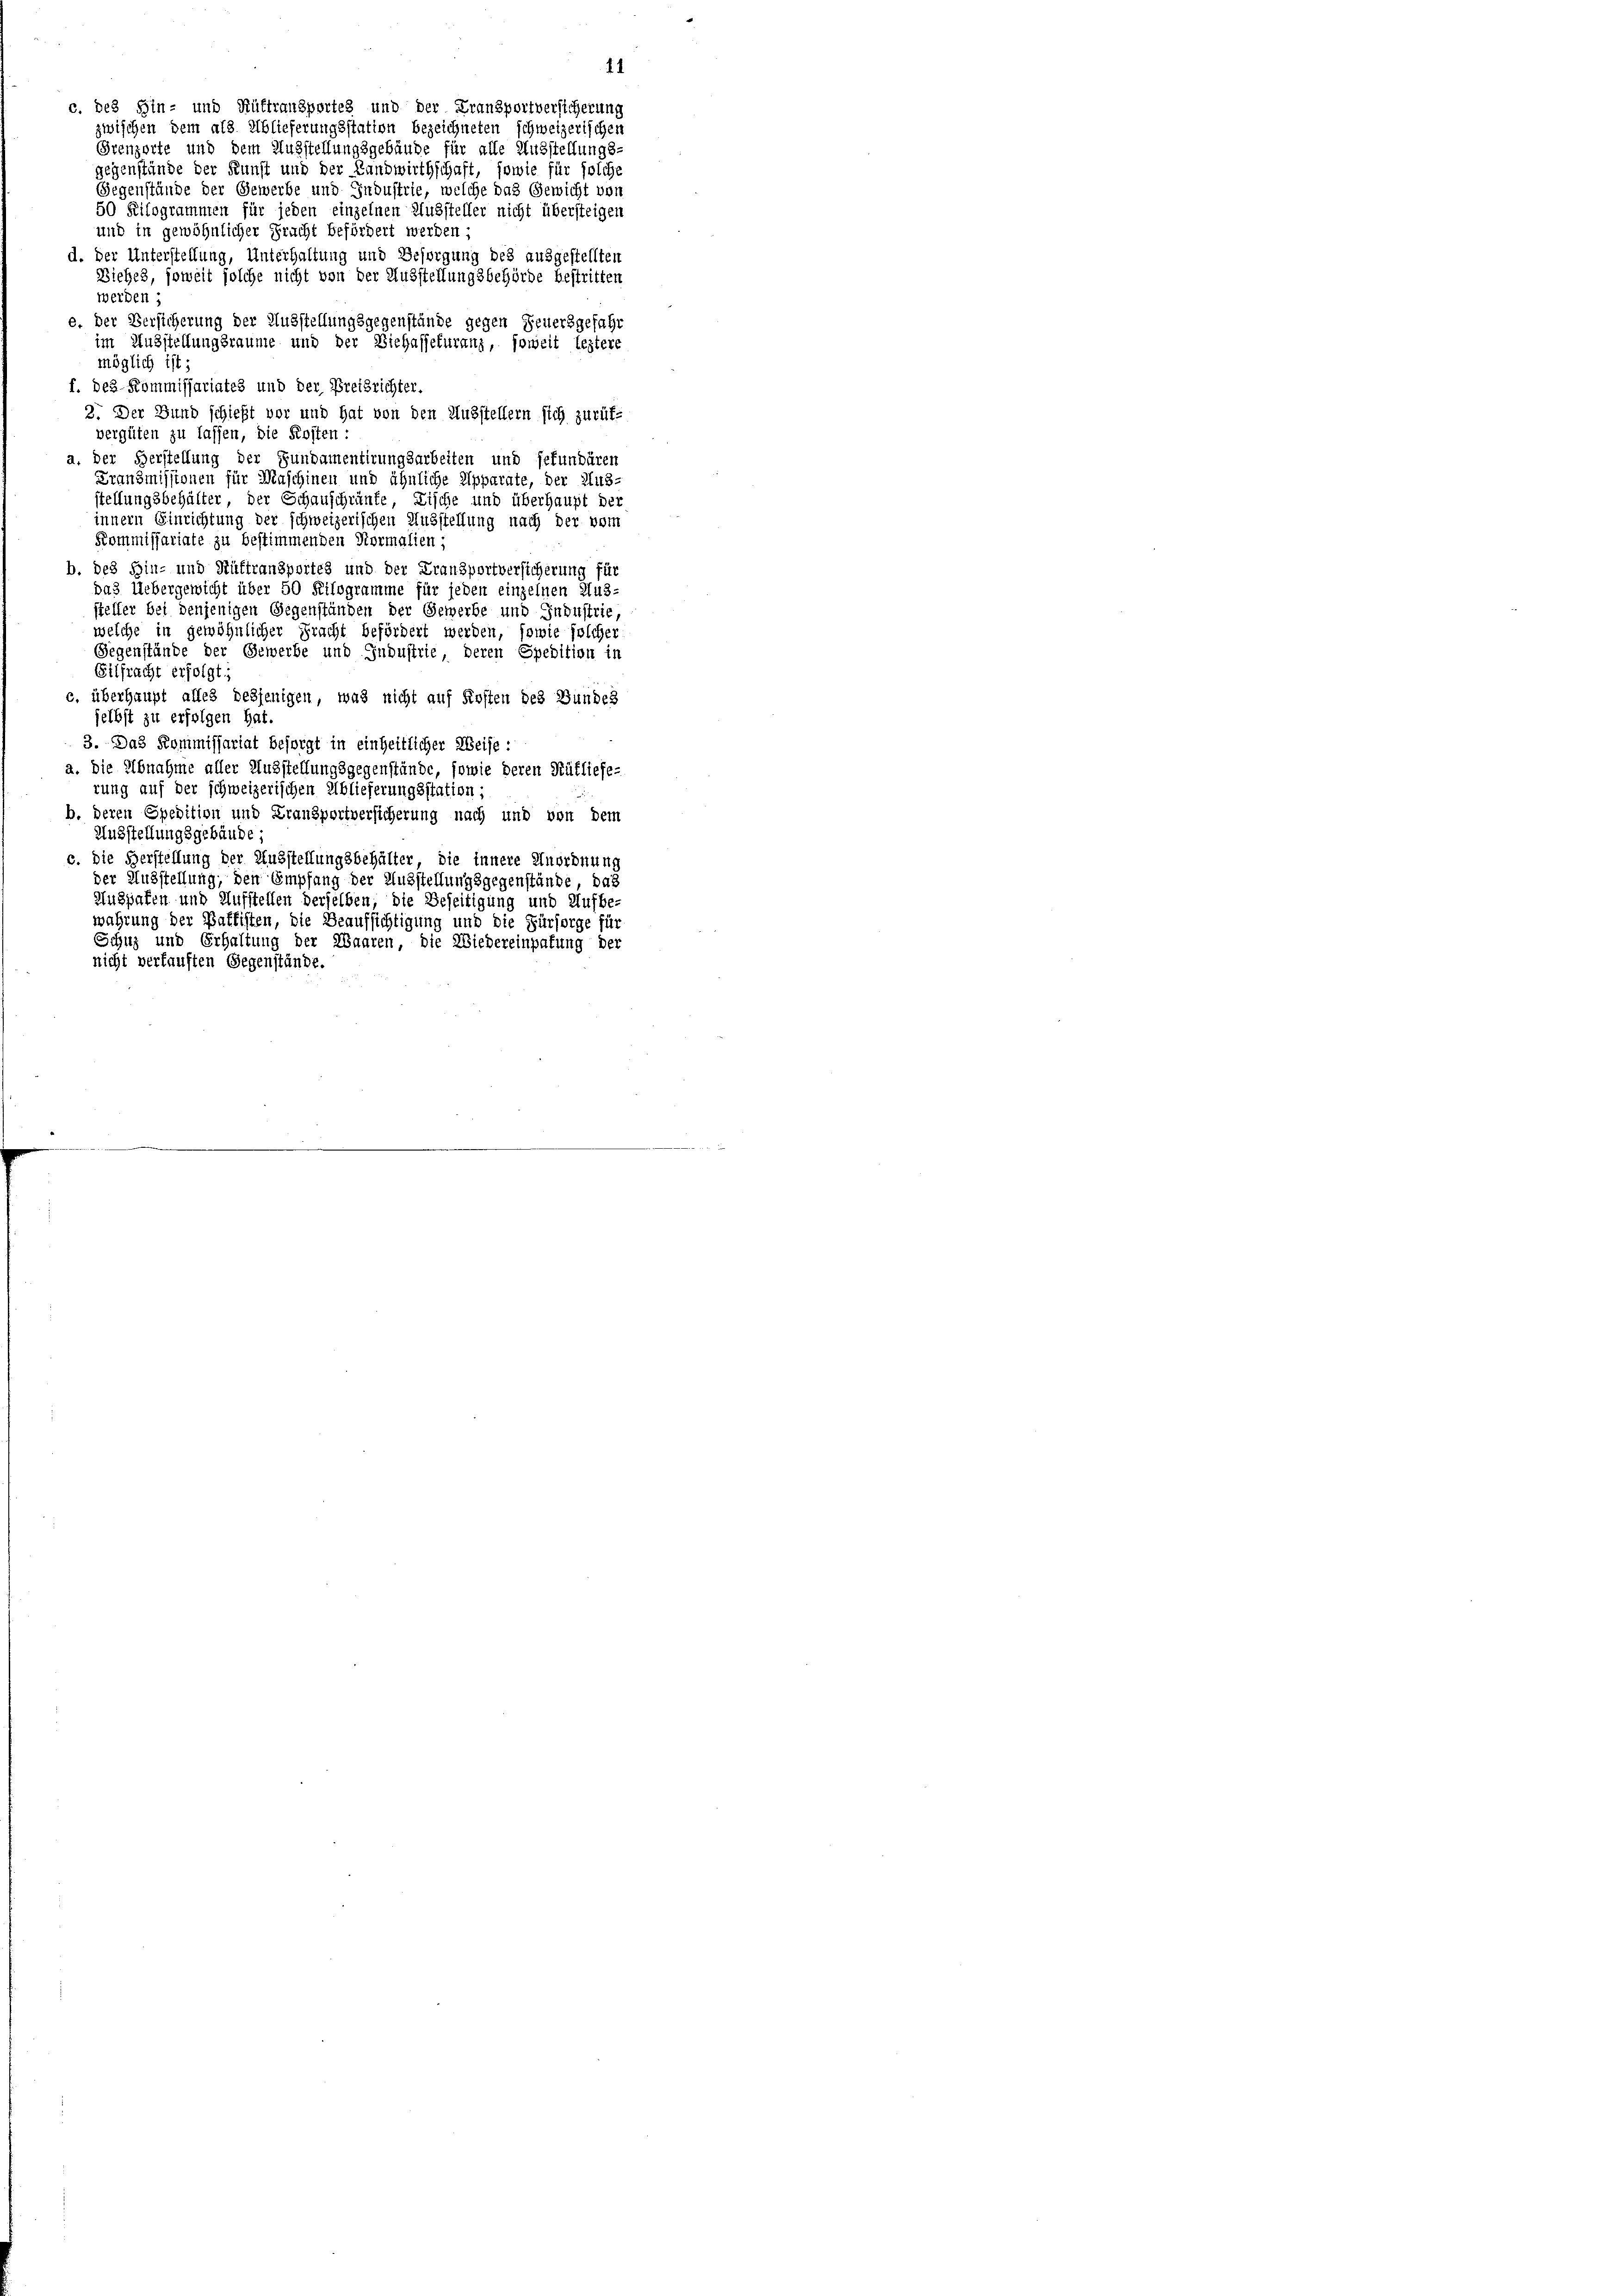
f. Des-Kommissariates und der Preisrichter.
2. Der Bund schieht vor und hat von den Ausstellern sich zurükvergüten zu lassen, die Kosten :
a. Der Herstellung der Fundamentirungsarbeiten und gefundären
Fransmissionen für Maschinen und ähnliche Apparate, der Aus-
stellungsbehälter, der Schauschränke, Fische und überhaupt der
innern Einrichtung der schweizerischen Ausstellung nach der vom
Kommissariate zu bestimmenden Normalien;
b. des Hin- und Hüttransportes und der Fransportversicherung für
das Uebergewicht über 50 Kilogramme für jeden einzelnen Aus-
steller bei denjenigen Gegenständen der Gewerbe und Industrie,
welche in gewöhnlicher Fracht befördert werden, sowie solcher
Gegenstände der Gewerbe und Industrie, deren Spedition in
Eilfracht erfolgt;
c, überhaupt alles desjenigen, was nicht auf Kosten des Bundes
selbst zu erfolgen hat.
3. Das Kommissariat besorgt in einheitlicher Weise:
a. die Abnahme aller Ausstellungsgegenstände, sowie deren Rütliefe-
rung auf der schweizerischen Ablieferungsstation;
b. deren Spedition und Franzportversicherung nach und von dem
Ausstellungsgebäude;
c. Die Herstellung der Ausstellungsbehälter, die innere Unordnung
der Ausstellung, den Empfang der Ausstellungsgegenstände, das
Augpaten und Aufstellen derselben, die Beseitigung und Aufbe-
wahrung der Baffisten, die Beaufsichtigung und die Fürsorge für
Schuz und Erhaltung der Waaren, die Wiedereinpafung der
nicht verkauften Gegenstände.

44
c. des Hin- und Rüttransportes und der Fransportversicherung
zwischen dem als Ablieferungsstation bezeichneten schweizerischen
Grenzerte und dem Ausstellungsgebäude für alle Ausstellungs-
gegenstände der Kunst und der Landwirthschaft, sowie für solche
Gegenstände der Gewerbe und Industrie, welche das Gewicht vor
50 Kilogrammen für jeden einzelnen Aussteller nicht übersteigen
und in gewöhnlicher Pracht befördert werden;
d. Der Unterstellung, Unterhaltung und Besorgung des ausgestellten
Ziehes, soweit solche nicht von der Ausstellungsbehörde bestritten
werden,
e. Der Versicherung der Ausstellungsgegenstände gegen Feuersgefahr
im Ausstellungsraume und der Viehassekuranz, soweit leztere
möglich ist;